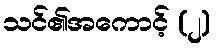
သင်၏အကောင့် (၂)